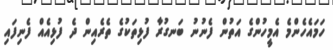
ހަމައެހެންމެ އެމީހުންގެ އަތުން ފެނުނު ބަނގުރާ ފުޅިތަކުގެ ތެރެއިން ދެ ފުޅިއެއް ފެނިފައި